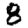
Digit: 8